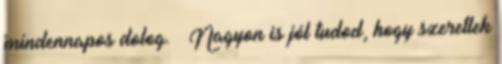
mindennapos dolog. – Nagyon is jól tudod, hogy szeretlek